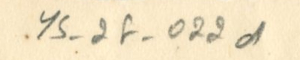
YS_2F_022d